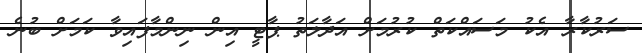
ސަރުކާރާ އެކު މަސައްކަތް ކުރުމަށް އަދާލަތު ޕާޓީ އިން ނިންމާފައިވާ ކަމަށް ބުނެ